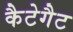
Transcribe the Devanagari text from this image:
कैटेगैट